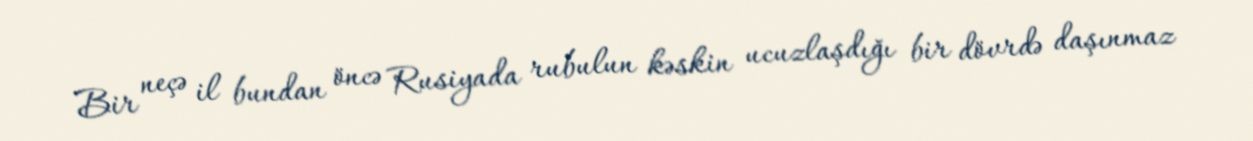
Bir neçə il bundan öncə Rusiyada rubulun kəskin ucuzlaşdığı bir dövrdə daşınmaz